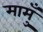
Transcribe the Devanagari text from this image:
मामुँ